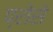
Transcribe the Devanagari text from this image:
प्रोसे